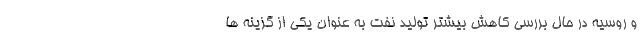
و روسیه در حال بررسی کاهش بیشتر تولید نفت به عنوان یکی از گزینه ها